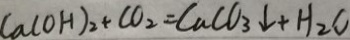
C a ( o H ) _ { 2 } + C O _ { 2 } = C a C O _ { 3 } \downarrow + H _ { 2 } O